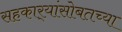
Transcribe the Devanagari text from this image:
सहकार्‍यांसोबतच्या